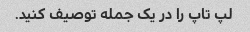
لپ تاپ را در یک جمله توصیف کنید.